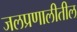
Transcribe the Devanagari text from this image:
जलप्रणालीतील